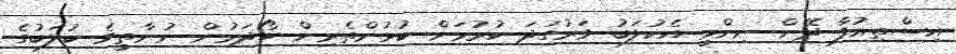
އިސްތިއުފާ ދޭން ނިންމީ އެކުލަބު ވަރުގަދަ ކުރުމަށް ކުޅުންތެރިން ހޯދަމުން ނުނާތީވެ ކުލަބުގެ